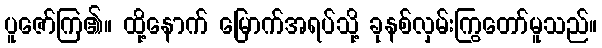
ပူဇော်ကြ၏။ ထို့နောက် မြောက်အရပ်သို့ ခုနစ်လှမ်းကြွတော်မူသည်။